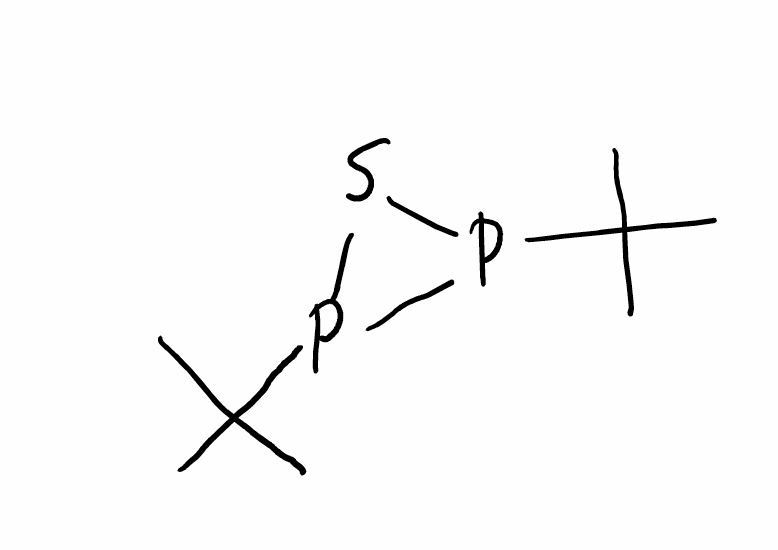
Simplified molecular-input line-entry system (SMILES) notation of the given molecule:
CC(C)(C)P1P(S1)C(C)(C)C